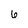
Character: 6